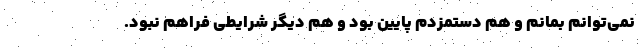
نمی‌توانم بمانم و هم دستمزدم پایین بود و هم دیگر شرایطی فراهم نبود.